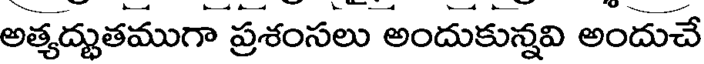
అత్యద్భుతముగా ప్రశంసలు అందుకున్నవి అందుచే